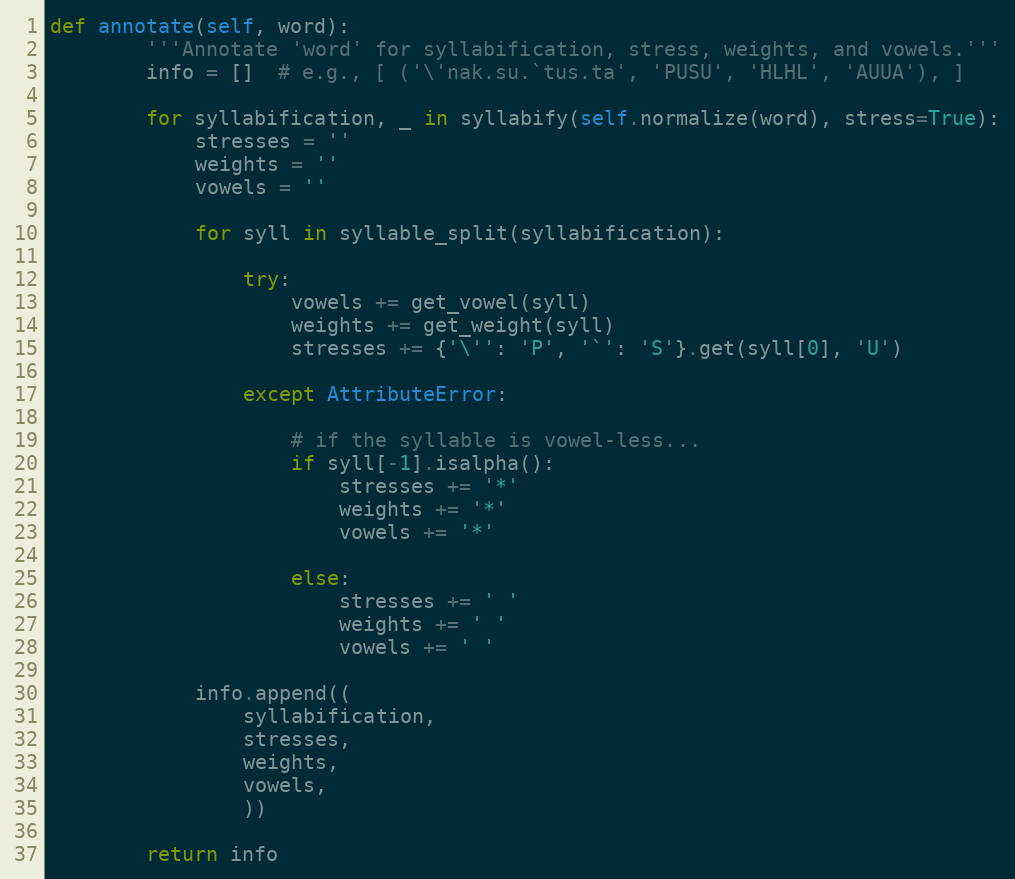
Language: Python
def annotate(self, word):
        '''Annotate 'word' for syllabification, stress, weights, and vowels.'''
        info = []  # e.g., [ ('\'nak.su.`tus.ta', 'PUSU', 'HLHL', 'AUUA'), ]

        for syllabification, _ in syllabify(self.normalize(word), stress=True):
            stresses = ''
            weights = ''
            vowels = ''

            for syll in syllable_split(syllabification):

                try:
                    vowels += get_vowel(syll)
                    weights += get_weight(syll)
                    stresses += {'\'': 'P', '`': 'S'}.get(syll[0], 'U')

                except AttributeError:

                    # if the syllable is vowel-less...
                    if syll[-1].isalpha():
                        stresses += '*'
                        weights += '*'
                        vowels += '*'

                    else:
                        stresses += ' '
                        weights += ' '
                        vowels += ' '

            info.append((
                syllabification,
                stresses,
                weights,
                vowels,
                ))

        return info